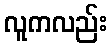
လူကလည်း